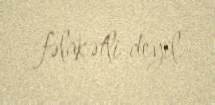
fəlakətli deyil.